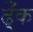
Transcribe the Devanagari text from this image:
ढ्ँक